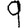
Digit: 9